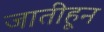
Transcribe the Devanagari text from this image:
जातीहून